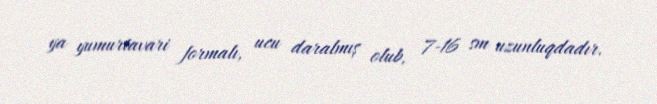
ya yumurtavari formalı, ucu daralmış olub, 7-16 sm uzunluqdadır.